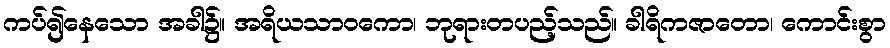
ကပ်၍နေသော အခါ၌။ အရိယသာဝကော၊ ဘုရားတပည့်သည်။ ခါရိကဇာတော၊ ကောင်းစွာ